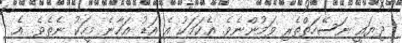
ދިޔައީ ނަސޭހަތްތެރި ވަމުންނެވެ. އެކަމަކު އެ އަޑު އަހާނެ މީހަކު ނެތެވެ. އެ